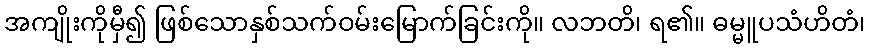
အကျိုးကိုမှီ၍ ဖြစ်သောနှစ်သက်ဝမ်းမြောက်ခြင်းကို။ လဘတိ၊ ရ၏။ ဓမ္မူပသံဟိတံ၊